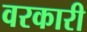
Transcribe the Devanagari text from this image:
वरकारी